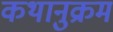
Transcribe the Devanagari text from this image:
कथानुक्रम